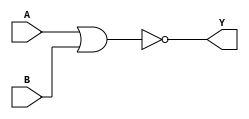
module sky130_fd_sc_ls__nor2_2 (
    Y,
    A,
    B
);
    output Y;
    input  A;
    input  B;
    wire nor0_out_Y;
    nor nor0 (nor0_out_Y, A, B           );
    buf buf0 (Y         , nor0_out_Y     );
endmodule